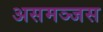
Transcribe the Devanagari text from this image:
असमञ्जस